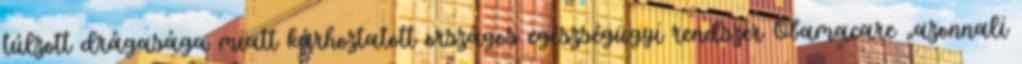
túlzott drágasága miatt kárhoztatott országos egészségügyi rendszer Obamacare „azonnali